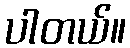
ပါတယ်။